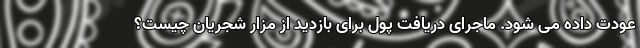
عودت داده می شود. ماجرای دریافت پول برای بازدید از مزار شجریان چیست؟